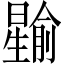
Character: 𪱎